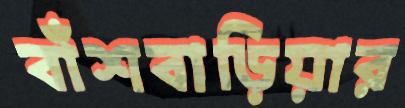
বাঁশবাড়িয়ার